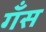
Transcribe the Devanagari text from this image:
गँस